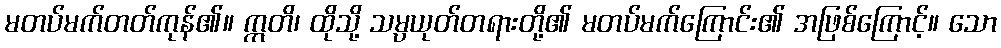
မတပ်မက်တတ်ကုန်၏။ ဣတိ၊ ထိုသို့ သမ္ပယုတ်တရားတို့၏ မတပ်မက်ကြောင်း၏ အဖြစ်ကြောင့်။ သော